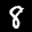
Label: 8